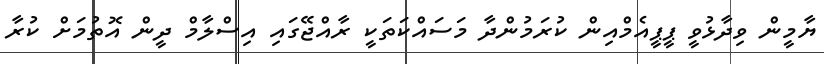
ޔާމީން ވިދާޅުވީ ޕީޕީއެމްއިން ކުރަމުންދާ މަސައްކަތަކީ ރާއްޖޭގައި އިސްލާމް ދީން އޮތުމަށް ކުރާ